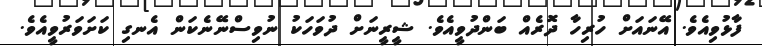
ފާޅުވިއެވެ. އޭނައަށް ހުރިހާ ދޮރެއް ބަންދުވީއެވެ. ޝީރީނަށް ދުވަހަކު ނުވިސްނޭނެކަން އެނގި ކަށަވަރުވީއެވެ.